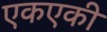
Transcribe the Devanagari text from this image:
एकएकी